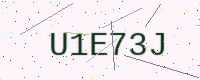
Text: U1E73J